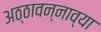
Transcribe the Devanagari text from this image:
अठ्ठावन्नाव्या